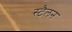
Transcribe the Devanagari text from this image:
स्टैलन